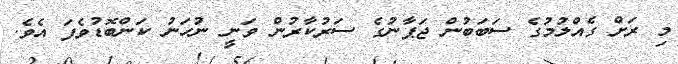
މި ރަށް ގެއްލުމުގެ ސަބަބުން ޖަޕާނުގެ ސަރުކާރުން ވަނީ ނުހަނު ކަންބޮޑުވެފަ އެވެ.